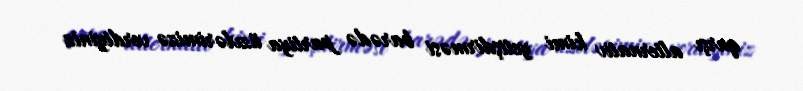
qarşı alternativ kimi yetişdirməsi barədə partiya üzvlərimizə verdiyiniz